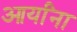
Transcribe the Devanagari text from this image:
आर्यांना